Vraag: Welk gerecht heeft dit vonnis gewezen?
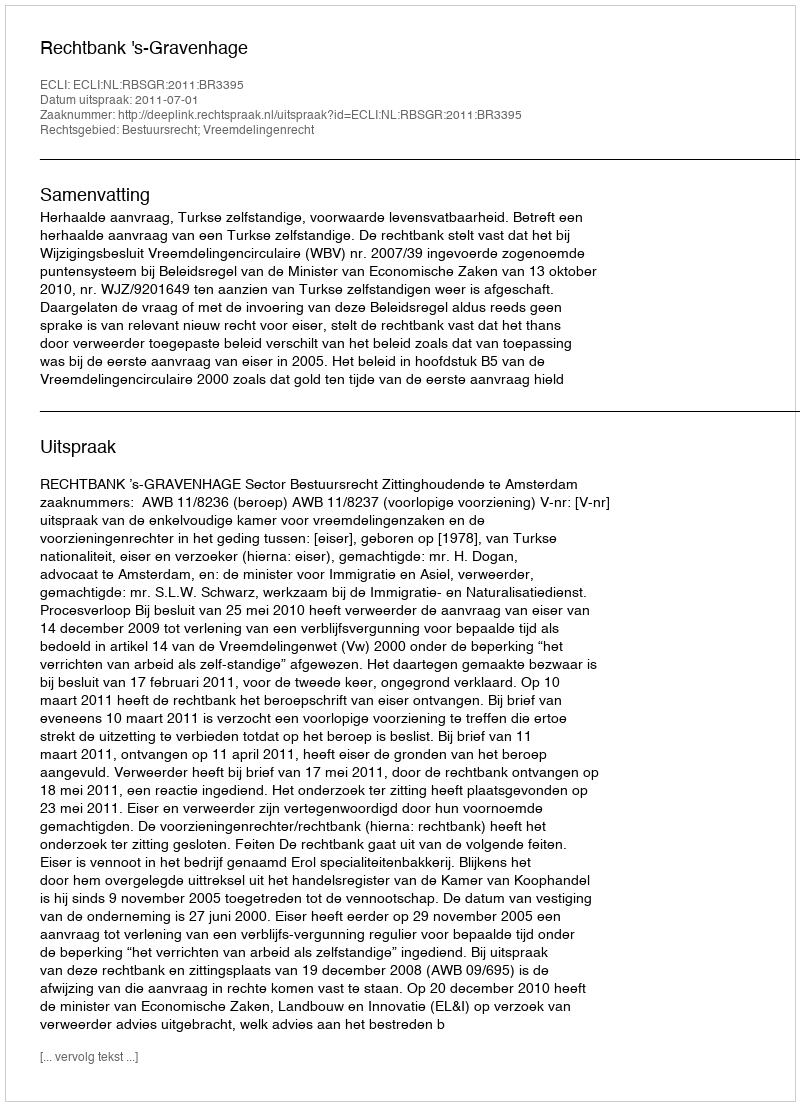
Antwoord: Rechtbank 's-Gravenhage